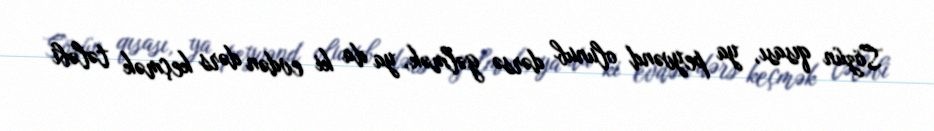
Sözün qısası, ya peyvənd olunub dərsə gəlmək, ya da ki evdən dərs keçmək tələbi